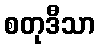
စတုဒီသာ